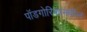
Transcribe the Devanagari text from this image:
पॉडगोरिकामधील